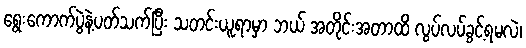
ရွေးကောက်ပွဲနဲ့ပတ်သက်ပြီး သတင်းယူရာမှာ ဘယ် အတိုင်းအတာထိ လွပ်လပ်ခွင့်ရမလဲ၊